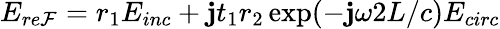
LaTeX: E_{re\mathcal{F}}=r_{1}E_{inc}+\mathbf{j}t_{1}r_{2}\exp(-\mathbf{j}\omega2L/c)E_{circ}